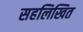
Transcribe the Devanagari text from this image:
सहलिखित